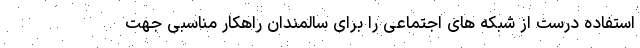
استفاده درست از شبکه های اجتماعی را برای سالمندان راهکار مناسبی جهت